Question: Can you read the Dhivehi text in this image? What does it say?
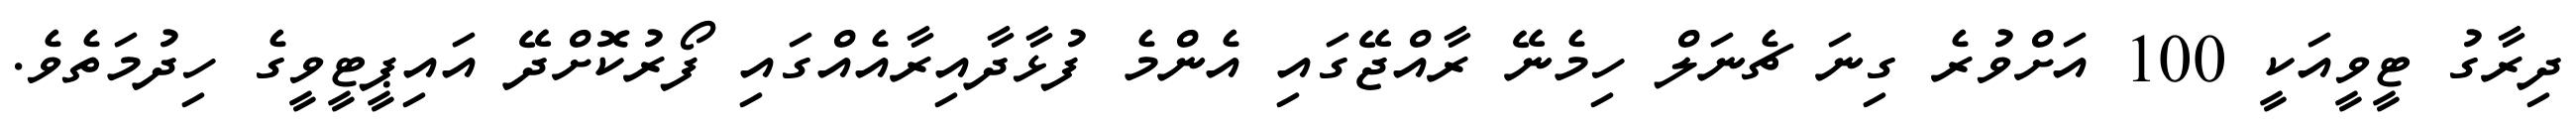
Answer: ދިރާގު ޓީވީއަކީ 100 އަށްވުރެ ގިނަ ޗެނަލް ހިމެނޭ ރާއްޖޭގައި އެންމެ ފުޅާދާއިރާއެއްގައި ފޯރުކޮށްދޭ އައިޕީޓީވީގެ ހިދުމަތެވެ.